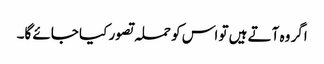
اگر وہ آتے ہیں تو اس کو حملہ تصور کیا جائے گا۔